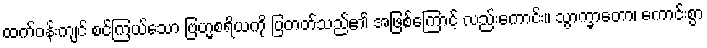
ထက်ဝန်းကျင် စင်ကြယ်သော ဗြဟ္မစရိယကို ပြတတ်သည်၏ အဖြစ်ကြောင့် လည်းကောင်း။ သွာက္ခာတော၊ ကောင်းစွာ